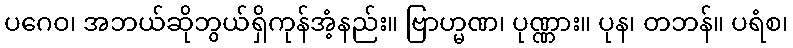
ပဂေဝ၊ အဘယ်ဆိုဘွယ်ရှိကုန်အံ့နည်း။ ဗြာဟ္မဏ၊ ပုဏ္ဏား။ ပုန၊ တဘန်။ ပရံစ၊